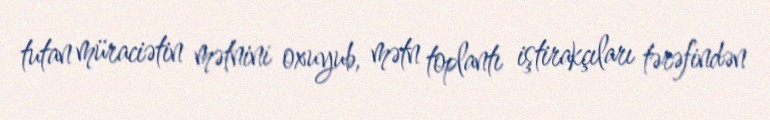
tutan müraciətin mətnini oxuyub, mətn toplantı iştirakçıları tərəfindən